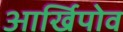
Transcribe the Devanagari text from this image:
आर्खिपोव